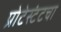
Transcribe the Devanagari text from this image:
प्रोटेस्टंटचा